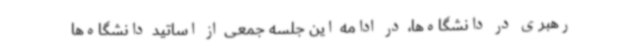
رهبری در دانشگاه‌ها، در ادامه این جلسه جمعی از اساتید دانشگاه‌ها